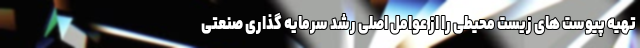
تهیه پیوست های زیست محیطی را از عوامل اصلی رشد سرمایه گذاری صنعتی